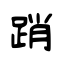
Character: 踃